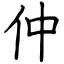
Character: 仲